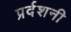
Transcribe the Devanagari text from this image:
प्रर्दशनी